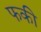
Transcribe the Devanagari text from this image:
फकी